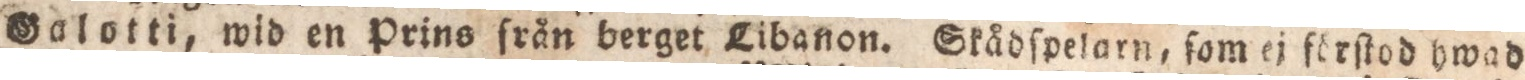
Salotti, wid en Prins ſrån berget Libanon. Skådſpelarn, ſom ej förſtod hwad